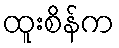
ထူးစိန်က